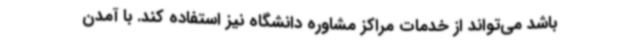
باشد می‌تواند از خدمات مراکز مشاوره دانشگاه نیز استفاده کند. با آمدن